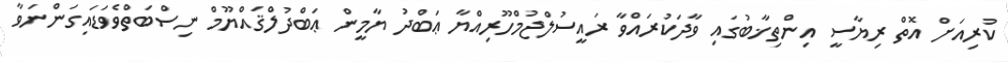
ކުރިއަށް އޮތް ރިޔާސީ އިންތިޚާބުގައި ވާދަކުރައްވާ ރައީސުލްޖުމްހޫރިއްޔާ ޢަބްދު ޔާމީން ޢަބްދުލްޤައްޔޫމް ނިސްބަތްވެވަޑައިގަންނަވާ